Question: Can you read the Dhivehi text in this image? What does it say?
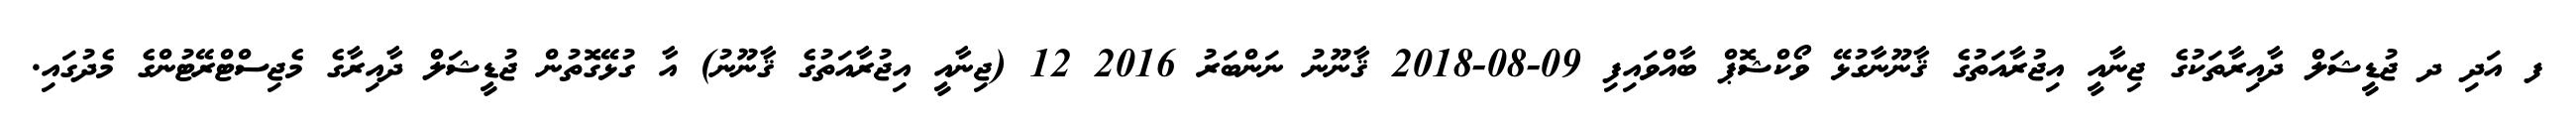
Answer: ފ އަދި ދ ޖުޑީޝަލް ދާއިރާތަކުގެ ޖިނާއީ އިޖުރާއަތުގެ ޤާނޫނާގުޅޭ ވޯކްޝޮޕް ބާއްވައިފި 09-08-2018 ޤާނޫނު ނަންބަރު 2016 12 (ޖިނާއީ އިޖުރާއަތުގެ ޤާނޫނު) އާ ގުޅޭގޮތުން ޖުޑީޝަލް ދާއިރާގެ މެޖިސްޓްރޭޓުންގެ މެދުގައި.